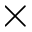
\times